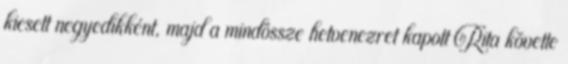
kiesett negyedikként, majd a mindössze hetvenezret kapott Rita követte